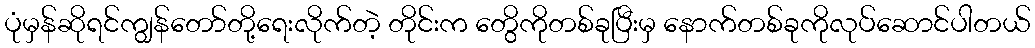
ပုံမှန်ဆိုရင်ကျွန်တော်တို့ရေးလိုက်တဲ့ တိုင်းက တွေိကိုတစ်ခုပြီးမှ နောက်တစ်ခုကိုလုပ်ဆောင်ပါတယ်